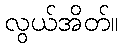
လွယ်အိတ်။